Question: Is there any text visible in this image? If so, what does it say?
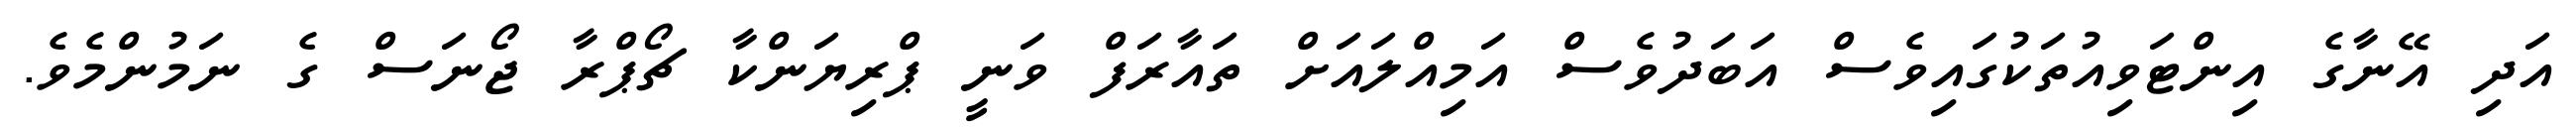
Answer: އަދި އޭނާގެ އިންޓަވިއުތަކުގައިވެސް އަބަދުވެސް އަމިއްލައަށް ތައާރަފް ވަނީ ޕްރިޔަންކާ ޗޯޕްރާ ޖޯނަސް ގެ ނަމުންމެވެ.